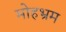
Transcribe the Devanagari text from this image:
मोहभ्रम